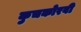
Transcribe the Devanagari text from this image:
कुचकोरवी